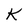
Character: K